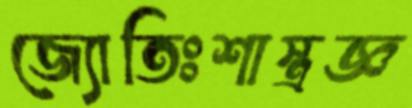
জ্যোতিঃশাস্ত্রজ্ঞ